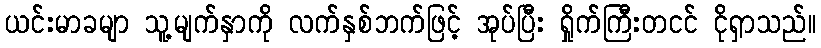
ယင်းမာခမျာ သူ့မျက်နှာကို လက်နှစ်ဘက်ဖြင့် အုပ်ပြီး ရှိုက်ကြီးတငင် ငိုရှာသည်။